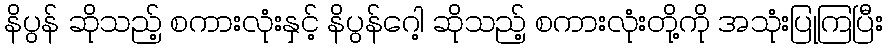
နိပွန် ဆိုသည့် စကားလုံးနှင့် နိပွန်ဂေါ့ ဆိုသည့် စကားလုံးတို့ကို အသုံးပြုကြပြီး